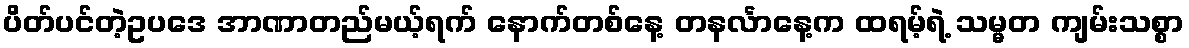
ပိတ်ပင်တဲ့ဥပဒေ အာဏာတည်မယ့်ရက် နောက်တစ်နေ့ တနင်္လာနေ့က ထရမ့်ရဲ့ သမ္မတ ကျမ်းသစ္စာ